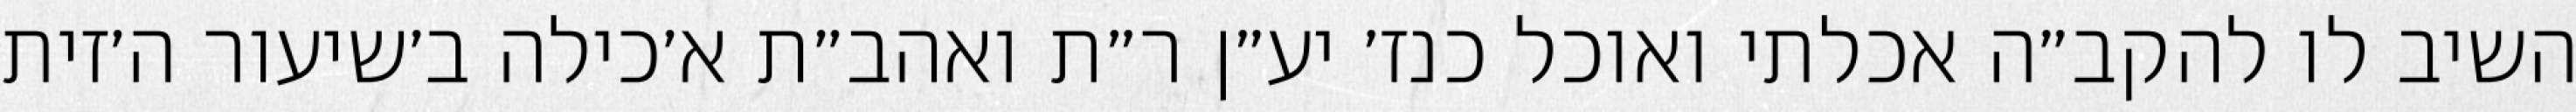
השיב לו להקב״ה אכלתי ואוכל כנז׳ יע״ן ר״ת ואהב״ת א׳כילה ב׳שיעור ה׳זית